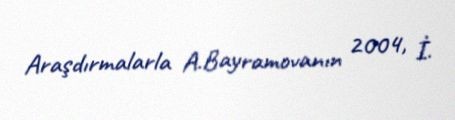
Araşdırmalarla A.Bayramovanın 2004, İ.